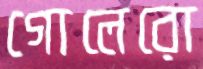
গোলেরো